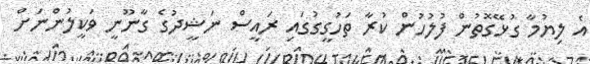
އެ ލިޔުމާ ގުޅޭގޮތުން ފުލުހުން ކުރާ ތަހުގީގުގައި ރައީސް ނަޝީދުގެ ގާނޫނީ ވަކީލުންނަށް